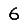
Digit: 6